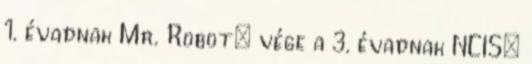
1. évadnak Mr. Robot: vége a 3. évadnak NCIS: